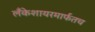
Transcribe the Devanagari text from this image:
लँकेशायरमार्फतच